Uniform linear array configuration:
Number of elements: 64
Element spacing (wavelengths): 0.75
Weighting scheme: cosine
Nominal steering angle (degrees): -60
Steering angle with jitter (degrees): -58.097
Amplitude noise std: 0.05
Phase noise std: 0.05

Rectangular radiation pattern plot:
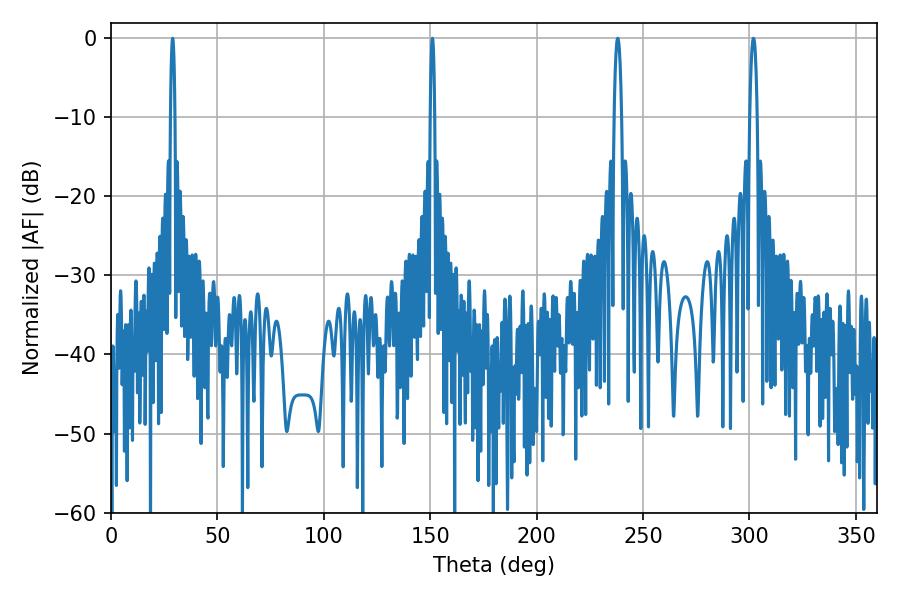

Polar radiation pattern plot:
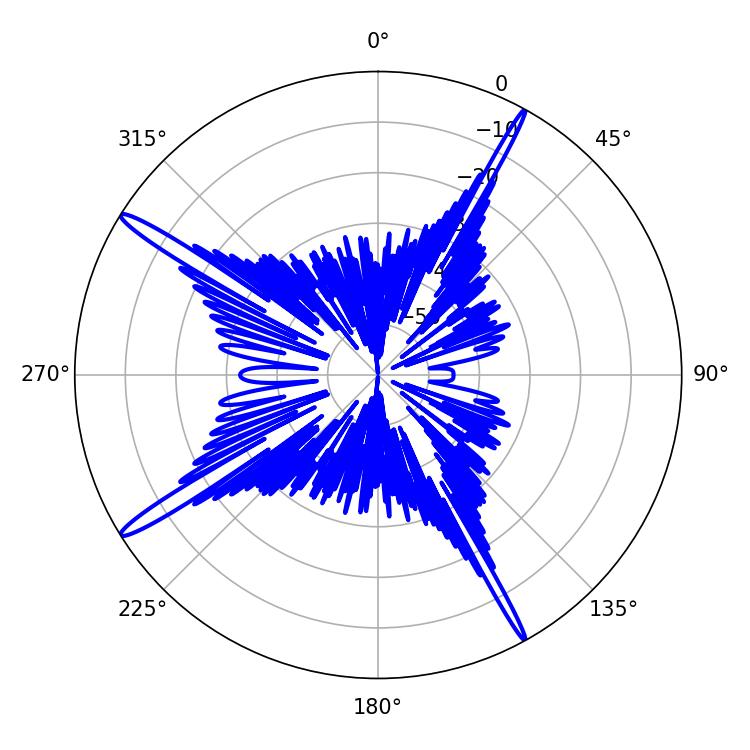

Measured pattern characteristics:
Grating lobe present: TRUE
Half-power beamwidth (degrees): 1.08
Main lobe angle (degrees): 151.02